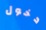
دخول